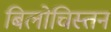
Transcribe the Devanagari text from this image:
बिलोचिस्तन